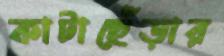
কাটাছেঁড়ার